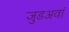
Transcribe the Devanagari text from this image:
जुडअवां